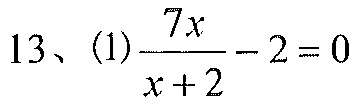
13、(1)\(\frac{7x}{x + 2}-2 = 0\)